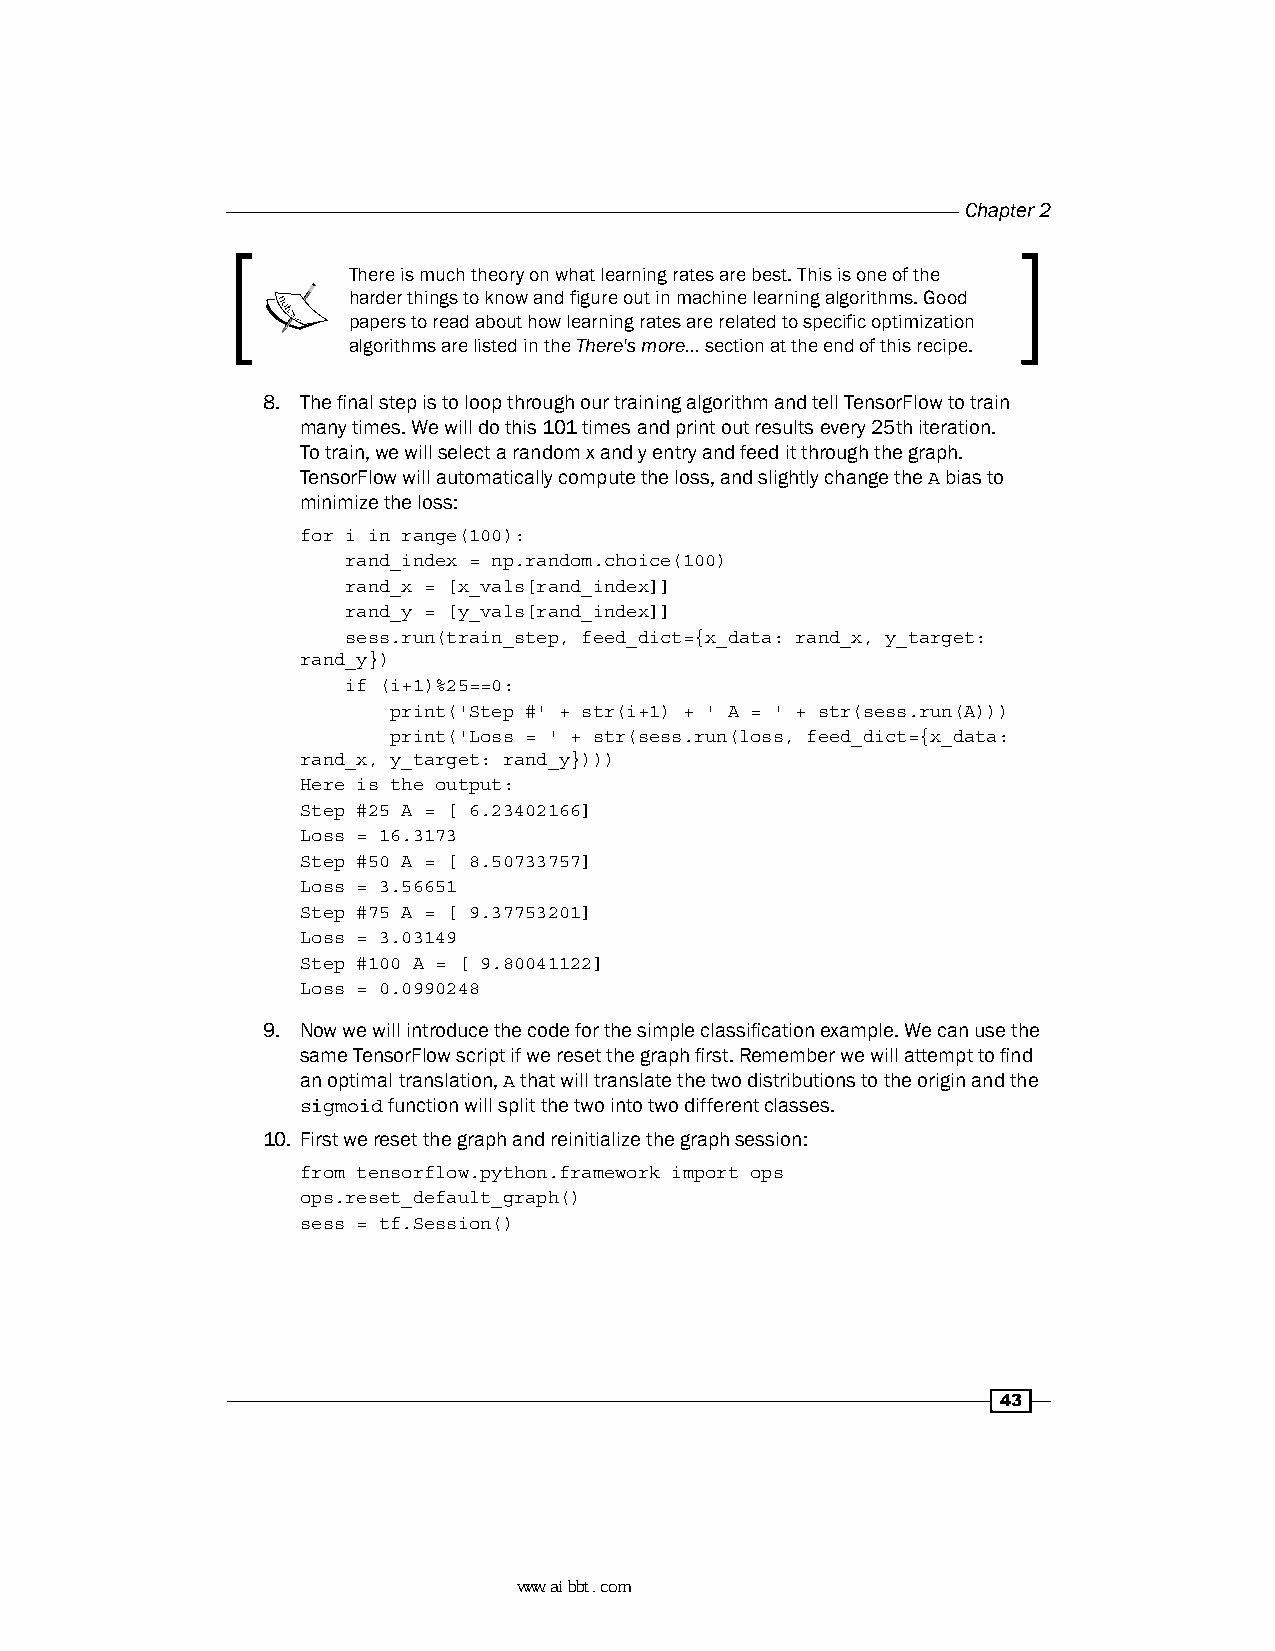
Chapter 2
 There is much theory on what learning rates are best. This is one of the
 harder things to know and figure out in machine learning algorithms. Good
 papers to read about how learning rates are related to specific optimization
 algorithms are listed in the There's more… section at the end of this recipe.
 8. The final step is to loop through our training algorithm and tell TensorFlow to train
 many times. We will do this 101 times and print out results every 25th iteration.
 To train, we will select a random x and y entry and feed it through the graph.
 TensorFlow will automatically compute the loss, and slightly change the A bias to
 minimize the loss:
 for i in range(100):
 rand_index = np.random.choice(100)
 rand_x = [x_vals[rand_index]]
 rand_y = [y_vals[rand_index]]
 sess.run(train_step, feed_dict={x_data: rand_x, y_target:
 rand_y})
 if (i+1)%25==0:
 print('Step #' + str(i+1) + ' A = ' + str(sess.run(A)))
 print('Loss = ' + str(sess.run(loss, feed_dict={x_data:
 rand_x, y_target: rand_y})))
 Here is the output:
 Step #25 A = [ 6.23402166]
 Loss = 16.3173
 Step #50 A = [ 8.50733757]
 Loss = 3.56651
 Step #75 A = [ 9.37753201]
 Loss = 3.03149
 Step #100 A = [ 9.80041122]
 Loss = 0.0990248
 9. Now we will introduce the code for the simple classification example. We can use the
 same TensorFlow script if we reset the graph first. Remember we will attempt to find
 an optimal translation, A that will translate the two distributions to the origin and the
 sigmoid function will split the two into two different classes.
 10. First we reset the graph and reinitialize the graph session:
 from tensorflow.python.framework import ops
 ops.reset_default_graph()
 sess = tf.Session()
 43
 www.aibbt.com 让未来触手可及